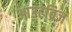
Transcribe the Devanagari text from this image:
आउटब्रिज